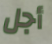
أجل